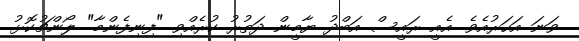
ވަނަ އަހަރުއެވެ. އެއީ ރައީސް އަބްދު ޔާމީން ދަތުރު ކުރެއްވި "ފިނިފެންމާ" ލޯންޗުކޮޅު